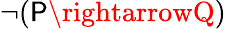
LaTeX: \neg(\mathsf{P}\rightarrowQ)